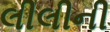
લીલીની